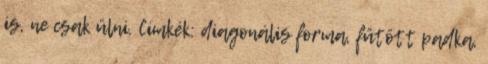
is, ne csak ülni. Címkék: diagonális forma, fűtött padka,